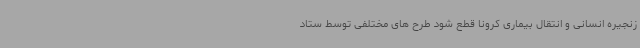
زنجیره انسانی و انتقال بیماری کرونا قطع شود طرح های مختلفی توسط ستاد